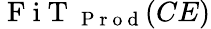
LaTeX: \mathrm{~F~i~T~}_{\mathrm{~P~r~o~d~}}(CE)